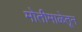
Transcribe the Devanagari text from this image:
मोतीमाळेतून